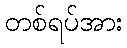
တစ်ရပ်အား